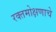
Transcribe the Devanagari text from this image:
रक्तमोक्षणाचे